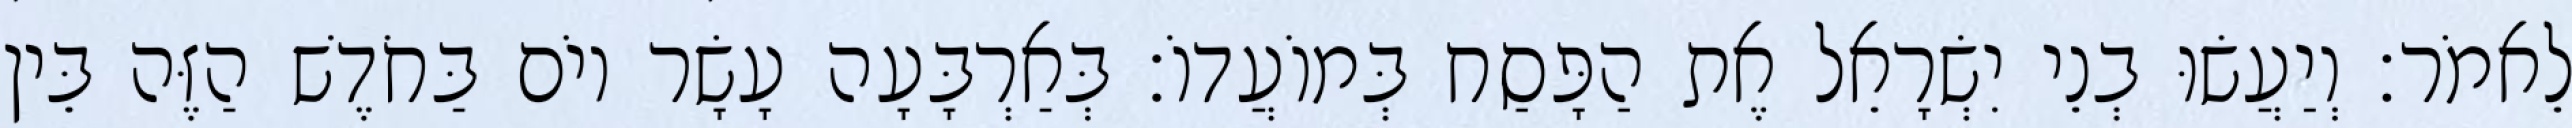
לֵאמֹר׃ וְיַעֲשׂוּ בְנֵי יִשְׂרָאֵל אֶת הַפָּסַח בְּמוֹעֲדוֹ׃ בְּאַרְבָּעָה עָשָׂר יוֹם בַּחֹדֶשׁ הַזֶּה בֵּין